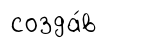
созда́в